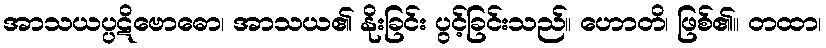
အာသယပ္ပဋိဗောဓော၊ အာသယ၏ နိုးခြင်း ပွင့်ခြင်းသည်။ ဟောတိ၊ ဖြစ်၏။ တထာ၊